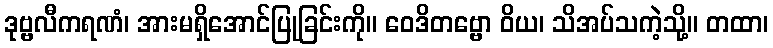
ဒုဗ္ဗလီကရဏံ၊ အားမရှိအောင်ပြုခြင်းကို။ ဝေဒိတဗ္ဗော ဝိယ၊ သိအပ်သကဲ့သို့။ တထာ၊